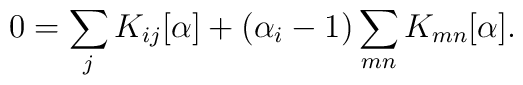
0 = \sum_j K_{ij} [\alpha] + (\alpha_i-1) \sum_{mn} K_{mn} [\alpha].